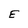
Character: E